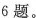
6题。